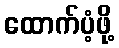
ထောက်ပံ့ဖို့